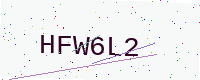
Text: HFW6L2